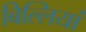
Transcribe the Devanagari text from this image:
बिल्‍लियां